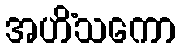
အဟိံသကော